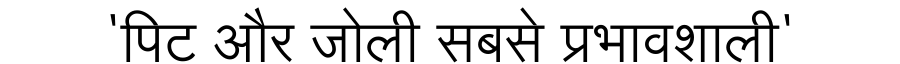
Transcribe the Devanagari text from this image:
'पिट और जोली सबसे प्रभावशाली'